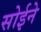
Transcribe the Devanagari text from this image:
सोईने